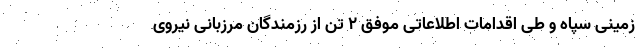
زمینی سپاه و طی اقدامات اطلاعاتی موفق ۲ تن از رزمندگان مرزبانی نیروی